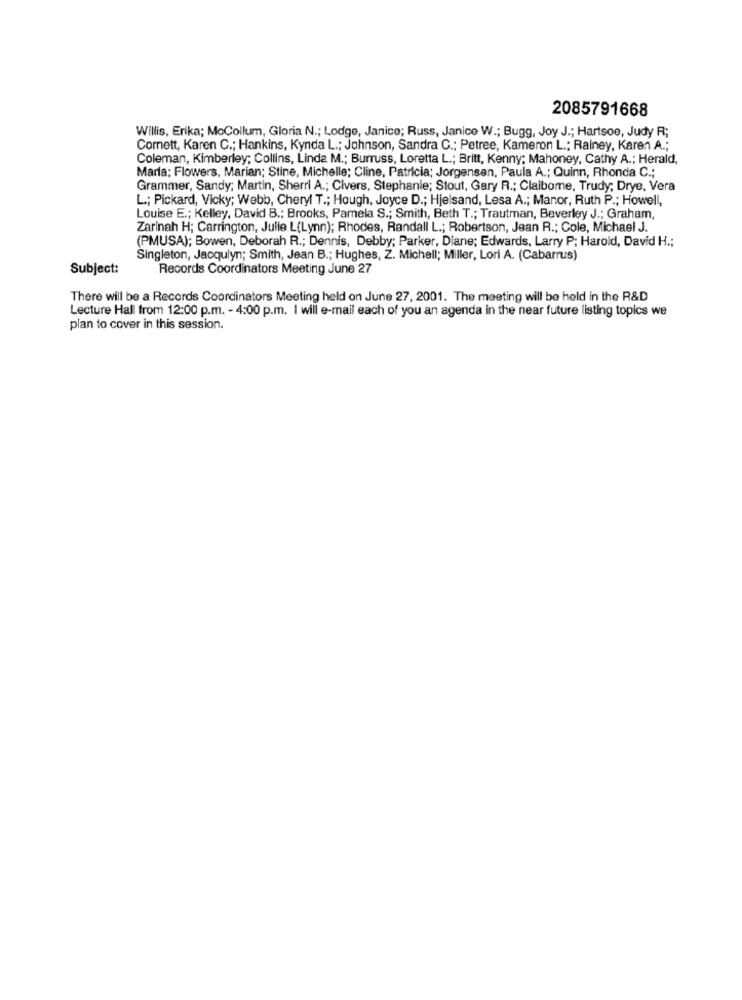
2085791668
Willis, Erika; McCollum, Gloria N .; Lodge, Janice; Russ, Janice W .; Bugg, Joy J .; Hartsoe, Judy R;
Cornett, Karen C .; Hankins, Kynda L .; Johnson, Sandra C .; Petree, Kameron L .; Rainey, Karen A .;
Coleman, Kimberley; Collins, Linda M .; Burruss, Loretta L .; Britt, Kenny; Mahoney, Cathy A .; Herald,
Maria; Flowers, Marian; Stine, Michelle; Cline, Patricia; Jorgensen, Paula A .; Quinn, Rhonda C .;
Grammer, Sandy; Martin, Sherri A .; Civers, Stephanie; Stout, Gary R .; Claibome, Trudy; Drye, Vera
L .; Pickard, Vicky; Webb, Cheryl T .; Hough, Joyce D .; Hjelsand, Lesa A .; Manor, Ruth P .; Howell,
Louise E .; Kelley, David B .; Brooks, Pamela S .; Smith, Beth T .; Trautman, Beverley J .; Graham,
Zarinah H; Carrington, Julie L(Lynn); Rhodes, Randall L .; Robertson, Jean R .; Cole, Michael J.
(PMUSA); Bowen, Deborah R .; Dennis, Debby; Parker, Diane; Edwards, Larry P; Harold, David H .;
Singleton, Jacqulyn; Smith, Jean B .; Hughes, Z. Michell; Miller, Lori A. (Cabarrus)
Subject:
Records Coordinators Meeting June 27
There will be a Records Coordinators Meeting held on June 27, 2001. The meeting will be held in the R&D
Lecture Hall from 12:00 p.m. - 4:00 p.m. I will e-mail each of you an agenda in the near future listing topics we
plan to cover in this session.